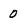
Character: 0